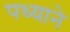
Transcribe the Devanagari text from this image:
पथ्याने